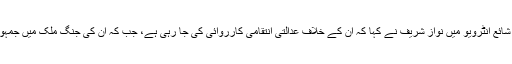
امریکی اخبار وال اسٹریٹ جرنل میں شائع انٹرویو میں نواز شریف نے کہا کہ ان کے خلاف عدالتی انتقامی کارروائی کی جا رہی ہے، جب کہ ان کی جنگ ملک میں جمہوریت اور جبر کے درمیان جنگ ہے۔